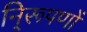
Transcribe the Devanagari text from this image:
नि्रूपणों